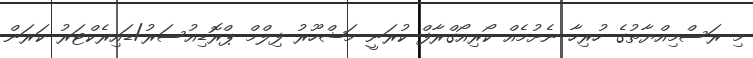
މި ރަސްމިއްޔާތުގެ ހުރިހާ ނެށުމެއް ކޯރިއޯގްރާފް ކުރަނީ މަޝްހޫރު ފިލްމް ޕްރޮޑިއުސަރު/ޑައިރެކްޓަރު ކަރަން